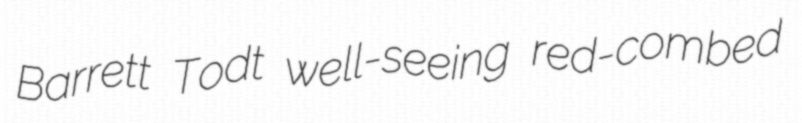
Barrett Todt well-seeing red-combed